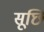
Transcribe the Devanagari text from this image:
सूछि